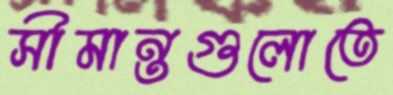
সীমান্তগুলোতে